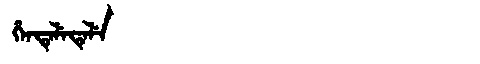
Manchu: ᡥᡝᠨᡨᡝᠯᡝᡨᡝᠯᡝ
Romanization: HENTELETELE